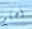
أحكم